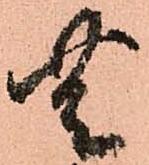
無